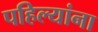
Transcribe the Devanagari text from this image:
पहिल्यांना